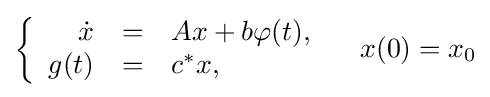
\left\{{\begin{array}{rcl}{\dot {x}}&=&Ax+b\varphi (t),\\g(t)&=&c^{*}x,\end{array}}\right.\quad x(0)=x_{0}